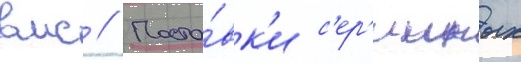
вмс // Поста́вк'и с'ер'ииных